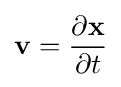
\mathbf {v} ={\frac {\partial \mathbf {x} }{\partial t}}